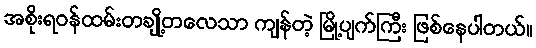
အစိုးရဝန်ထမ်းတချို့တလေသာ ကျန်တဲ့ မြို့ပျက်ကြီး ဖြစ်နေပါတယ်။